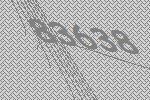
83638